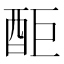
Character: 䣰